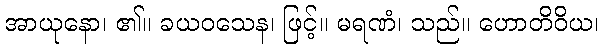
အာယုနော၊ ၏။ ခယဝသေန၊ ဖြင့်။ မရဏံ၊ သည်။ ဟောတိဝိယ၊